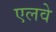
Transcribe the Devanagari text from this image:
एलवे